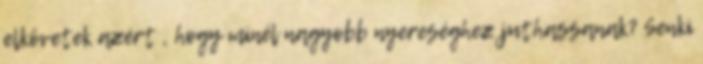
elkövetek azért , hogy minél nagyobb nyereséghez juthassanak? Senki